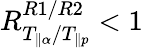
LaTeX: R_{T_{\parallel\alpha}/T_{\parallel p}}^{R1/R2}<1